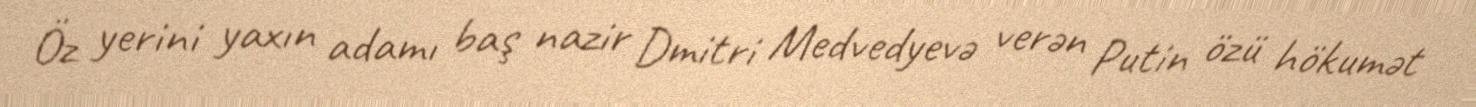
Öz yerini yaxın adamı baş nazir Dmitri Medvedyevə verən Putin özü hökumət